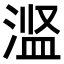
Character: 𬈋